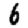
Digit: 6